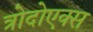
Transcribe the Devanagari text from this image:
त्रोदोएक्स